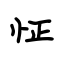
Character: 怔